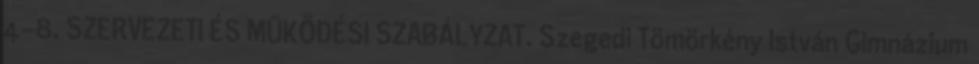
4-8. SZERVEZETI ÉS MŰKÖDÉSI SZABÁLYZAT. Szegedi Tömörkény István Gimnázium